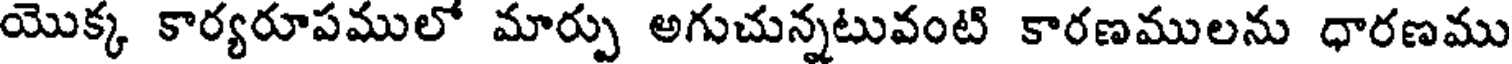
యొక్క కార్యరూపములో మార్పు అగుచున్నటువంటి కారణములను ధారణము